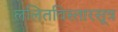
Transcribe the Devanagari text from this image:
ललितविस्तारसूत्र